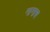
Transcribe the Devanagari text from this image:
नानाच